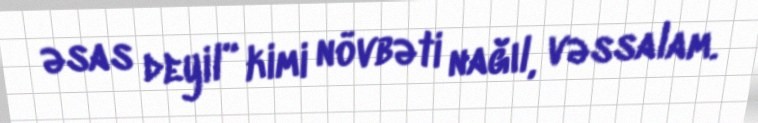
əsas deyil” kimi növbəti nağıl, vəssalam.